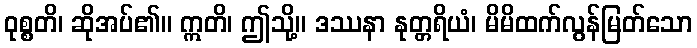
ဝုစ္စတိ၊ ဆိုအပ်၏။ ဣတိ၊ ဤသို့။ ဒဿနာ နုတ္တရိယံ၊ မိမိထက်လွန်မြတ်သော